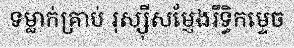
ទម្លាក់គ្រាប់ រុស្ស៊ីសម្ញែងរឹទ្ធិកម្ទេច